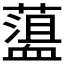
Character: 𧗎